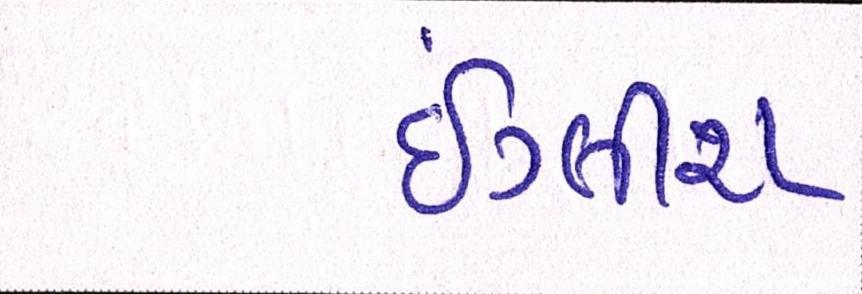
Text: ઇંગ્લીશ